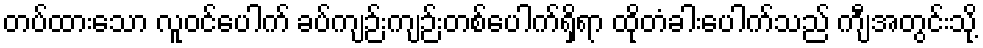
တပ်ထားသော လူဝင်ပေါက် ခပ်ကျဉ်းကျဉ်းတစ်ပေါက်ရှိရာ ထိုတံခါးပေါက်သည် ကျီအတွင်းသို့